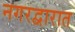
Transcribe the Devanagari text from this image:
नगरद्वारात